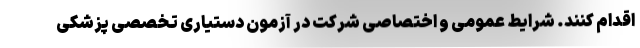
اقدام کنند. شرایط عمومی و اختصاصی شرکت در آزمون دستیاری تخصصی پزشکی